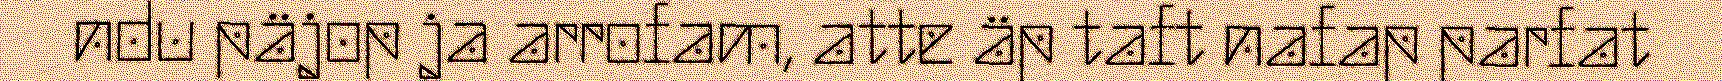
ndu päjop ja arrofam, atte äp taft nafap parfat